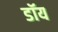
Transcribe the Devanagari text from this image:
डॉय